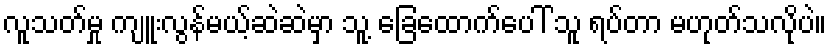
လူသတ်မှု ကျူးလွန်မယ့်ဆဲဆဲမှာ သူ့ ခြေထောက်ပေါ် သူ ရပ်တာ မဟုတ်သလိုပဲ။